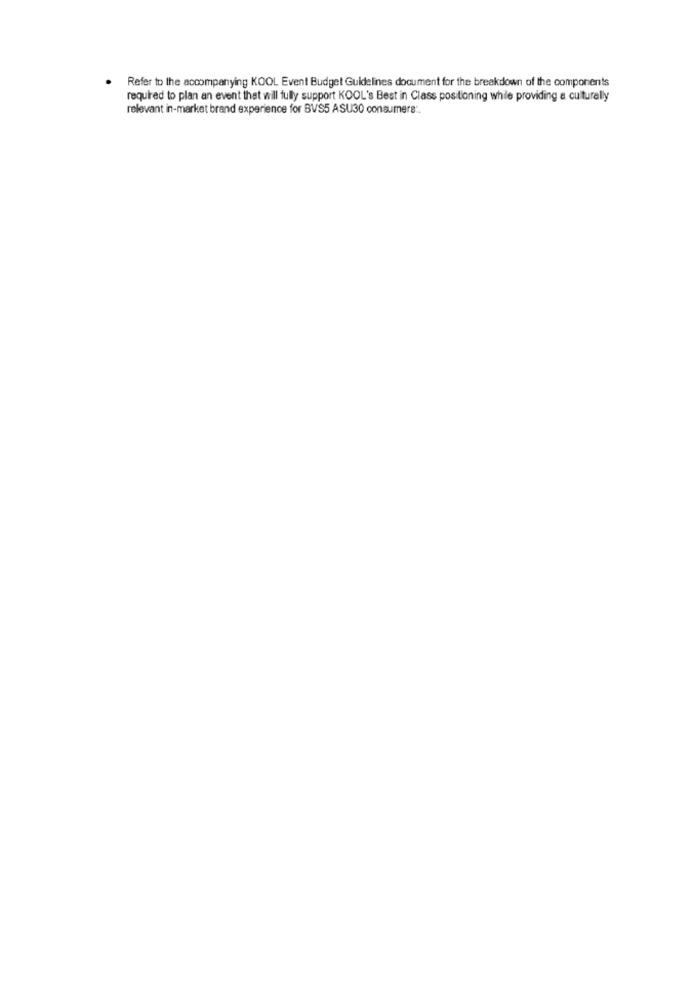
Refer to the accompanying KOOL Event Budget Guidelines document for the breakdown of the components
required to plan an event that will fully support KOOL's Best in Class positioning while providing a culturally
relevant in-market brand experience for BVS5 ASU30 consumers :.